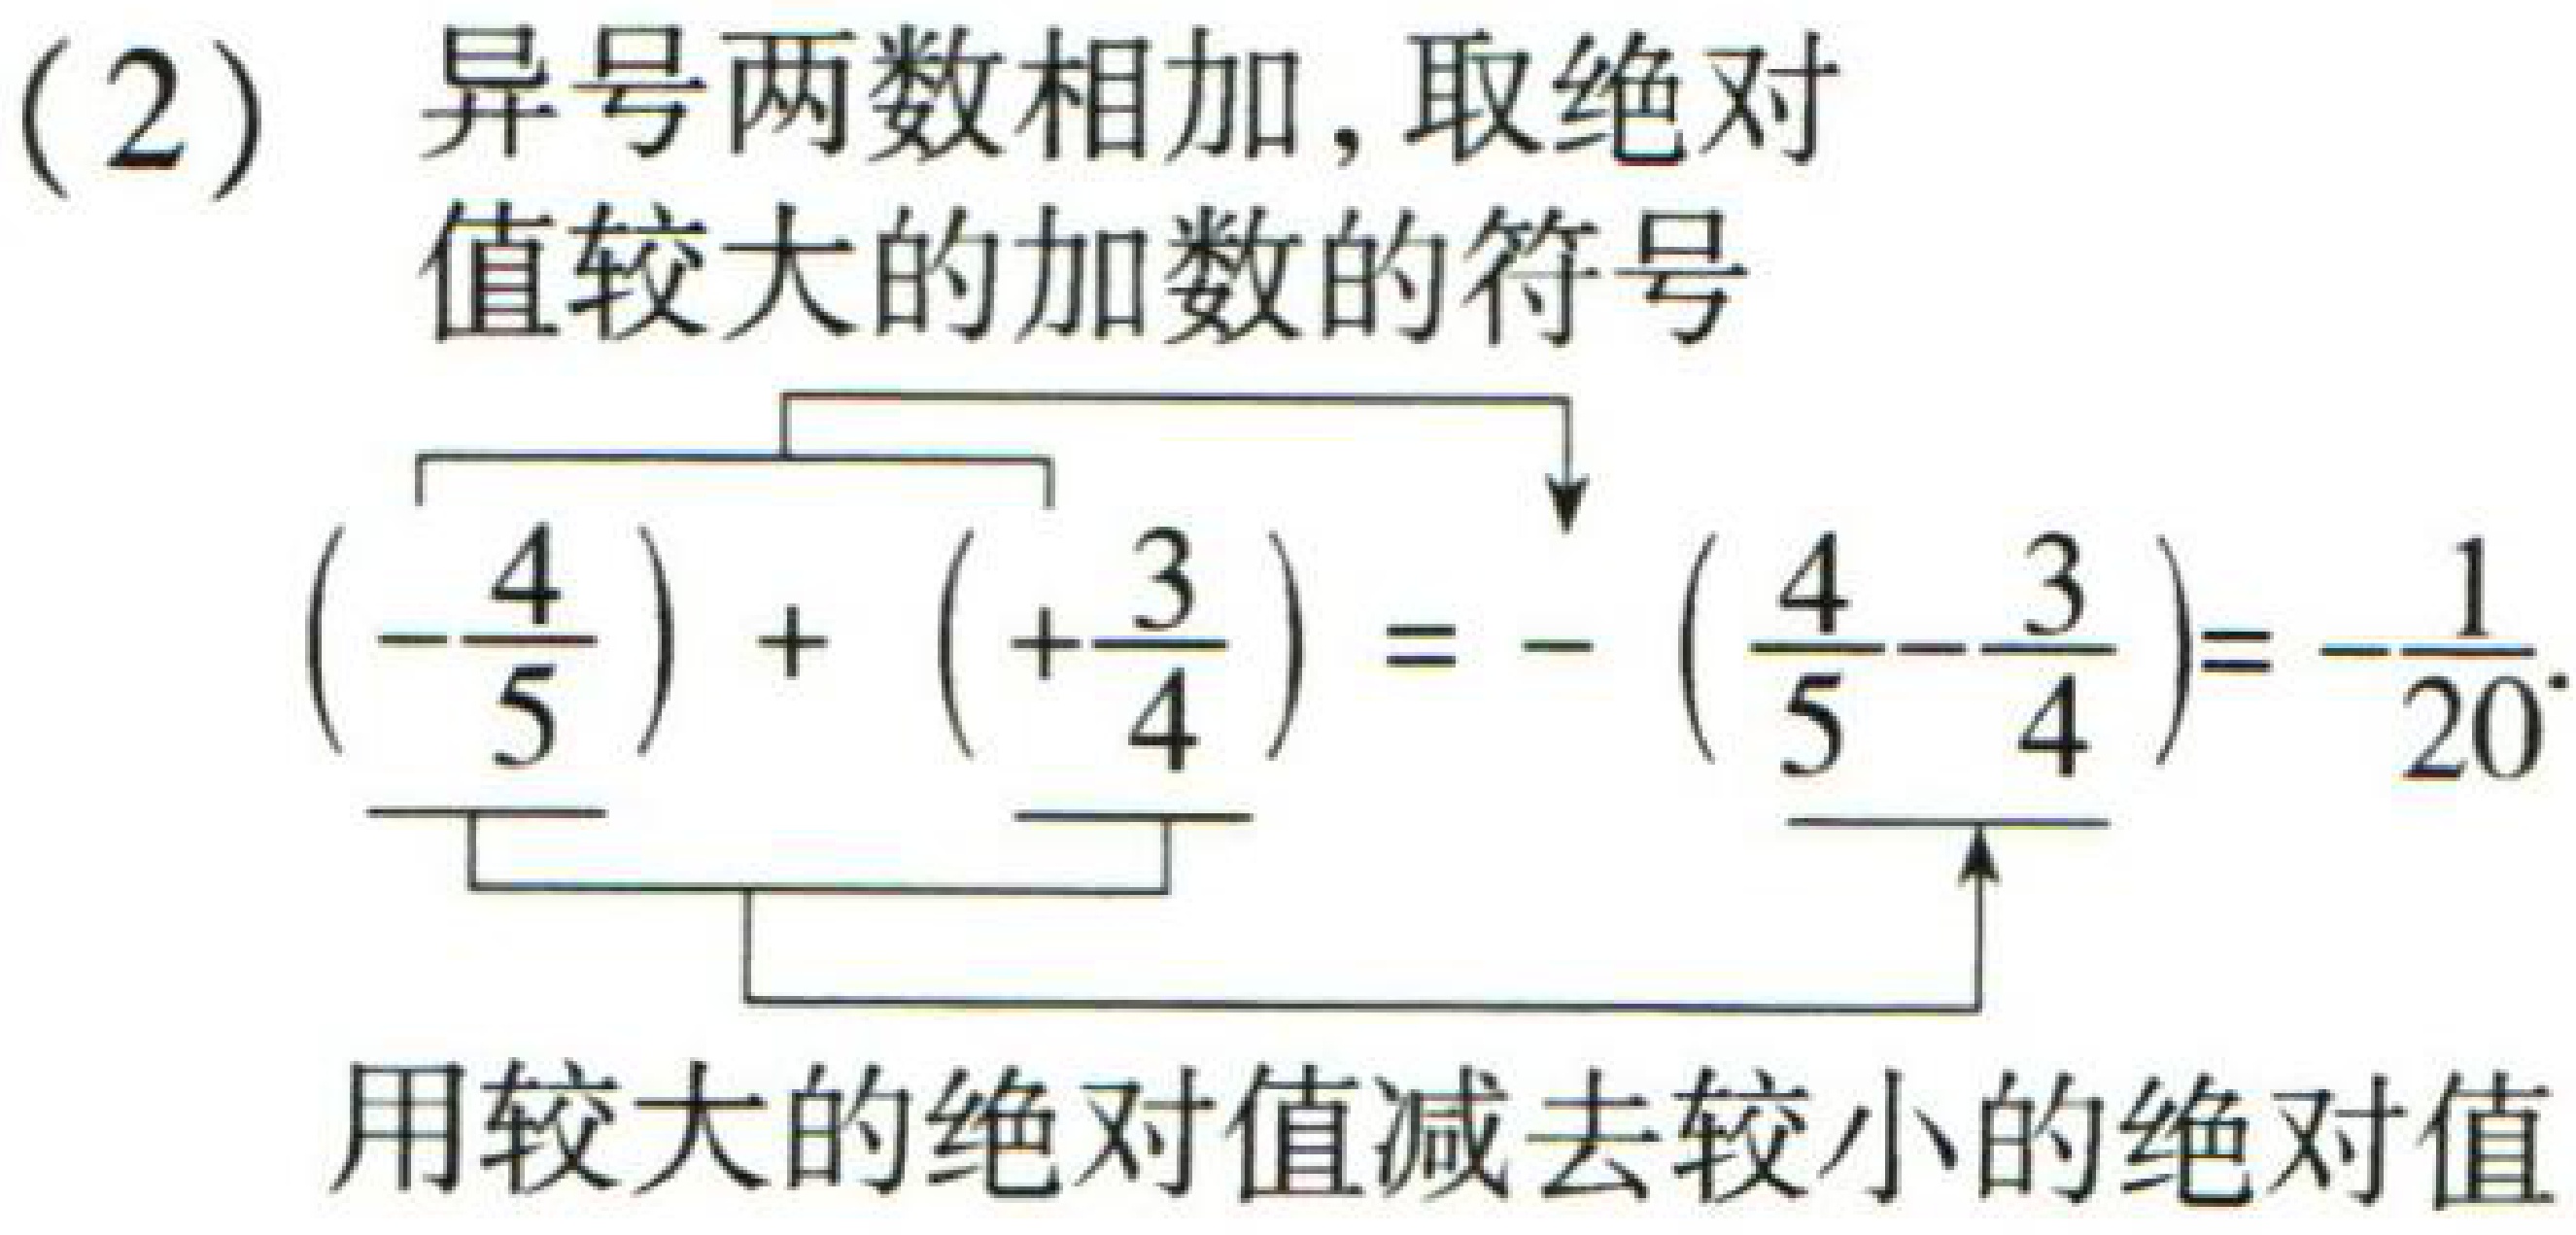
（2）异号两数相加，取绝对值较大的加数的符号
\((-\frac{4}{5})+(+\frac{3}{4})=-(\frac{4}{5}-\frac{3}{4})=-\frac{1}{20}\)
用较大的绝对值减去较小的绝对值